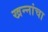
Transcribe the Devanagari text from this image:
खन्‍नांचा